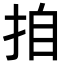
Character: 𭠪